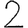
Digit: 2